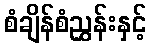
စံချိန်စံညွှန်းနှင့်